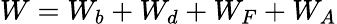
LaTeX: W=W_{b}+W_{d}+W_{F}+W_{A}